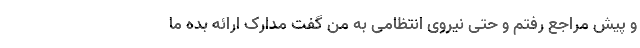
و پیش مراجع رفتم و حتی نیروی انتظامی به من گفت مدارک ارائه بده ما